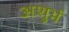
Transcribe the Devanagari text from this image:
अशुर्भ